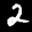
Label: 2